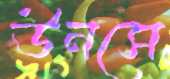
উনসে